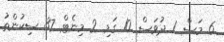
6 މަސް